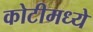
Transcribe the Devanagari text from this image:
कोटीमध्ये